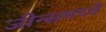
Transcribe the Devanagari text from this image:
जीन्समध्ये